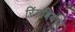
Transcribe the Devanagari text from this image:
रिंगबियरर